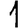
Digit: 1